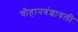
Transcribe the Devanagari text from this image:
चौहानवंशावली